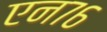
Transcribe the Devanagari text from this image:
एन७६